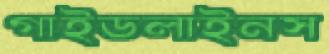
গাইডলাইনস